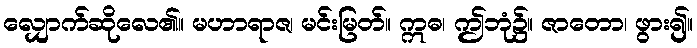
လျှောက်ဆိုလေ၏။ မဟာရာဇ၊ မင်းမြတ်။ ဣဓ၊ ဤဘုံ၌။ ဇာတော၊ ဖွား၍။